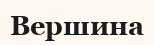
Вершина